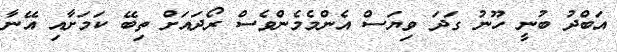
އަބްދު ބުނީ ހޫނު ގަދަ ވިޔަސް އެންމެމެންވެސް ރޯދައަށް ތިބޭ ކަމަށާއި އޭނާ